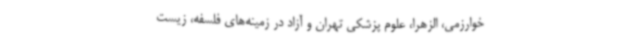
خوارزمی، الزهرا، علوم پزشکی تهران و آزاد در زمینه‌های فلسفه، زیست